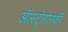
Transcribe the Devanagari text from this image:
ऑस्ट्रोगोर्स्की